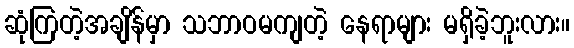
ဆုံကြတဲ့အချိန်မှာ သဘာဝမကျတဲ့ နေရာများ မရှိခဲ့ဘူးလား။